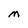
Character: M